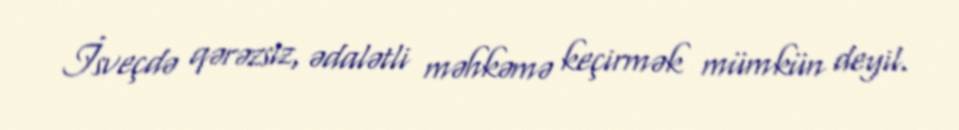
İsveçdə qərəzsiz, ədalətli məhkəmə keçirmək mümkün deyil.